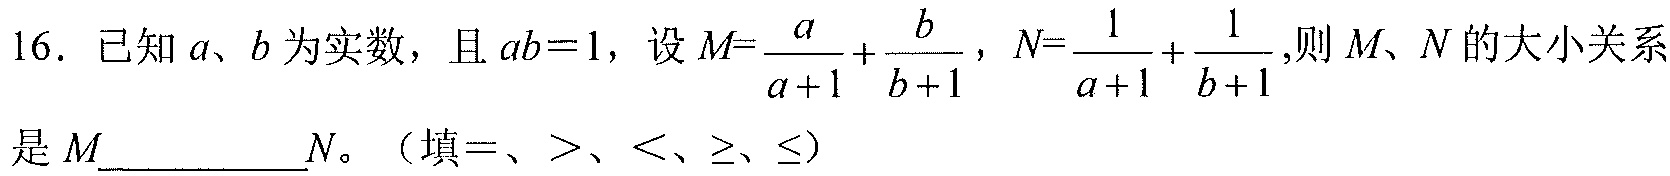
16. 已知\(a、b\)为实数，且\(ab = 1\)，设\(M=\frac{a}{a + 1}+\frac{b}{b + 1}\)，\(N=\frac{1}{a + 1}+\frac{1}{b + 1}\),则\(M、N\)的大小关系是\(M\)__________\(N\)。（填\(=\)、\(>\)、\(<\)、\(\geq\)、\(\leq\)）